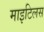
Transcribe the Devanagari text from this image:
माइटिलस